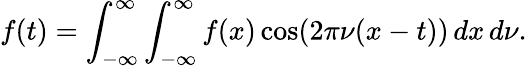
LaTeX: f(t)=\int_{-\infty}^{\infty}\int_{-\infty}^{\infty}f(x)\cos(2\pi\nu(x-t))\, dx\, d\nu.